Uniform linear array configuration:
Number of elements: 32
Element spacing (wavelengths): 0.5
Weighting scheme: kaiser
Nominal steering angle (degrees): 30
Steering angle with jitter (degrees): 29.7
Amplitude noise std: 0.05
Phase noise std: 0.05

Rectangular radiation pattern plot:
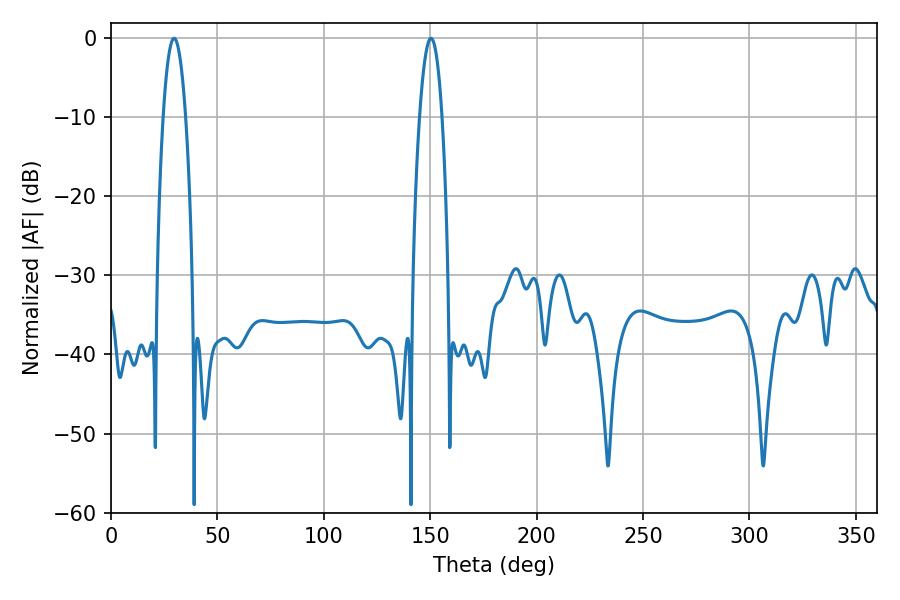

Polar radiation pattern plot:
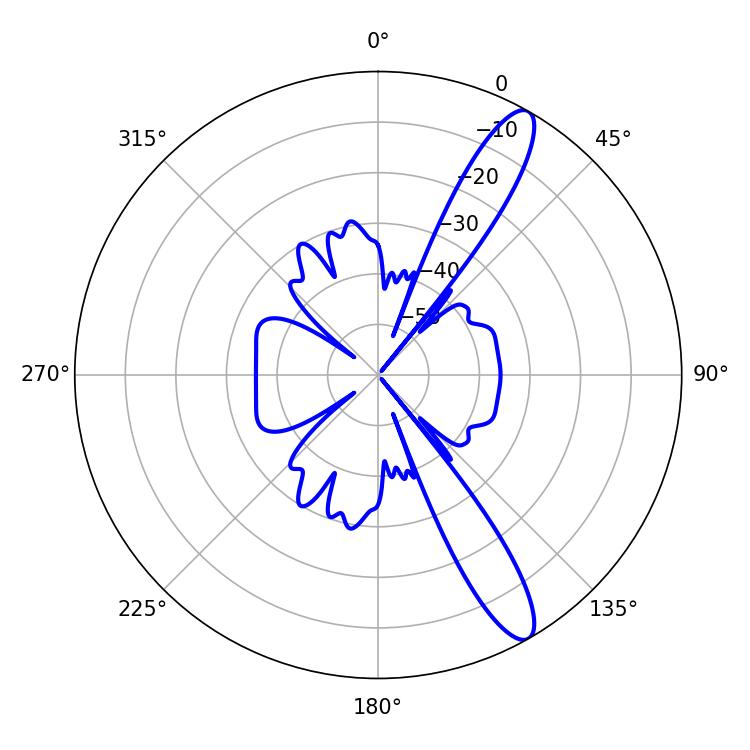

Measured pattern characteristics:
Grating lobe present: FALSE
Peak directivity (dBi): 12.665
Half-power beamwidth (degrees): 5.76
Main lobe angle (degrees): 150.3